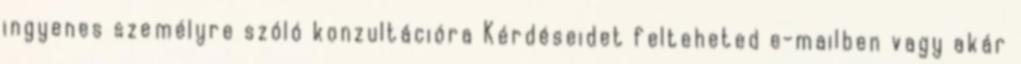
ingyenes személyre szóló konzultációra Kérdéseidet felteheted e-mailben vagy akár